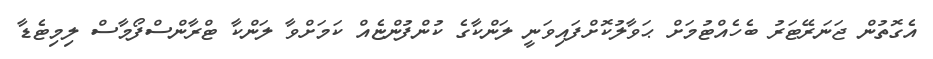
އެގޮތުން ޖަނަރޭޓަރު ބެހެއްޓުމަށް ޙަވާލުކޮށްފައިވަނީ ލަންކާގެ ކުންފުންޏެއް ކަމަށްވާ ލަންކާ ޓްރާންސްފޯމާސް ލިމިޓެޑާ